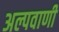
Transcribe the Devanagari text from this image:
अल्पवाणी